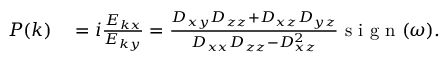
\begin{array} { r l } { P ( k ) } & { { } = i \frac { E _ { k x } } { E _ { k y } } = \frac { D _ { x y } D _ { z z } + D _ { x z } D _ { y z } } { D _ { x x } D _ { z z } - D _ { x z } ^ { 2 } } \mathrm { ~ s ~ i ~ g ~ n ~ } ( \omega ) . } \end{array}